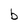
Character: b